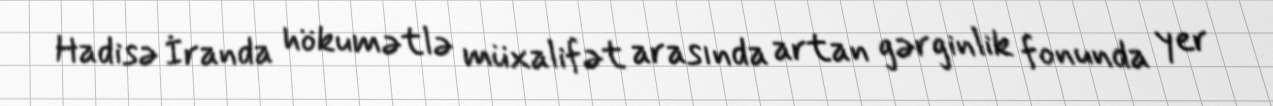
Hadisə İranda hökumətlə müxalifət arasında artan gərginlik fonunda yer